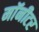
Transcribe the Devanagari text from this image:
माॅनीटर